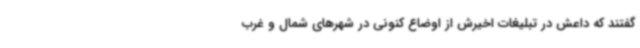
گفتند که داعش در تبلیغات اخیرش از اوضاع کنونی در شهرهای شمال و غرب